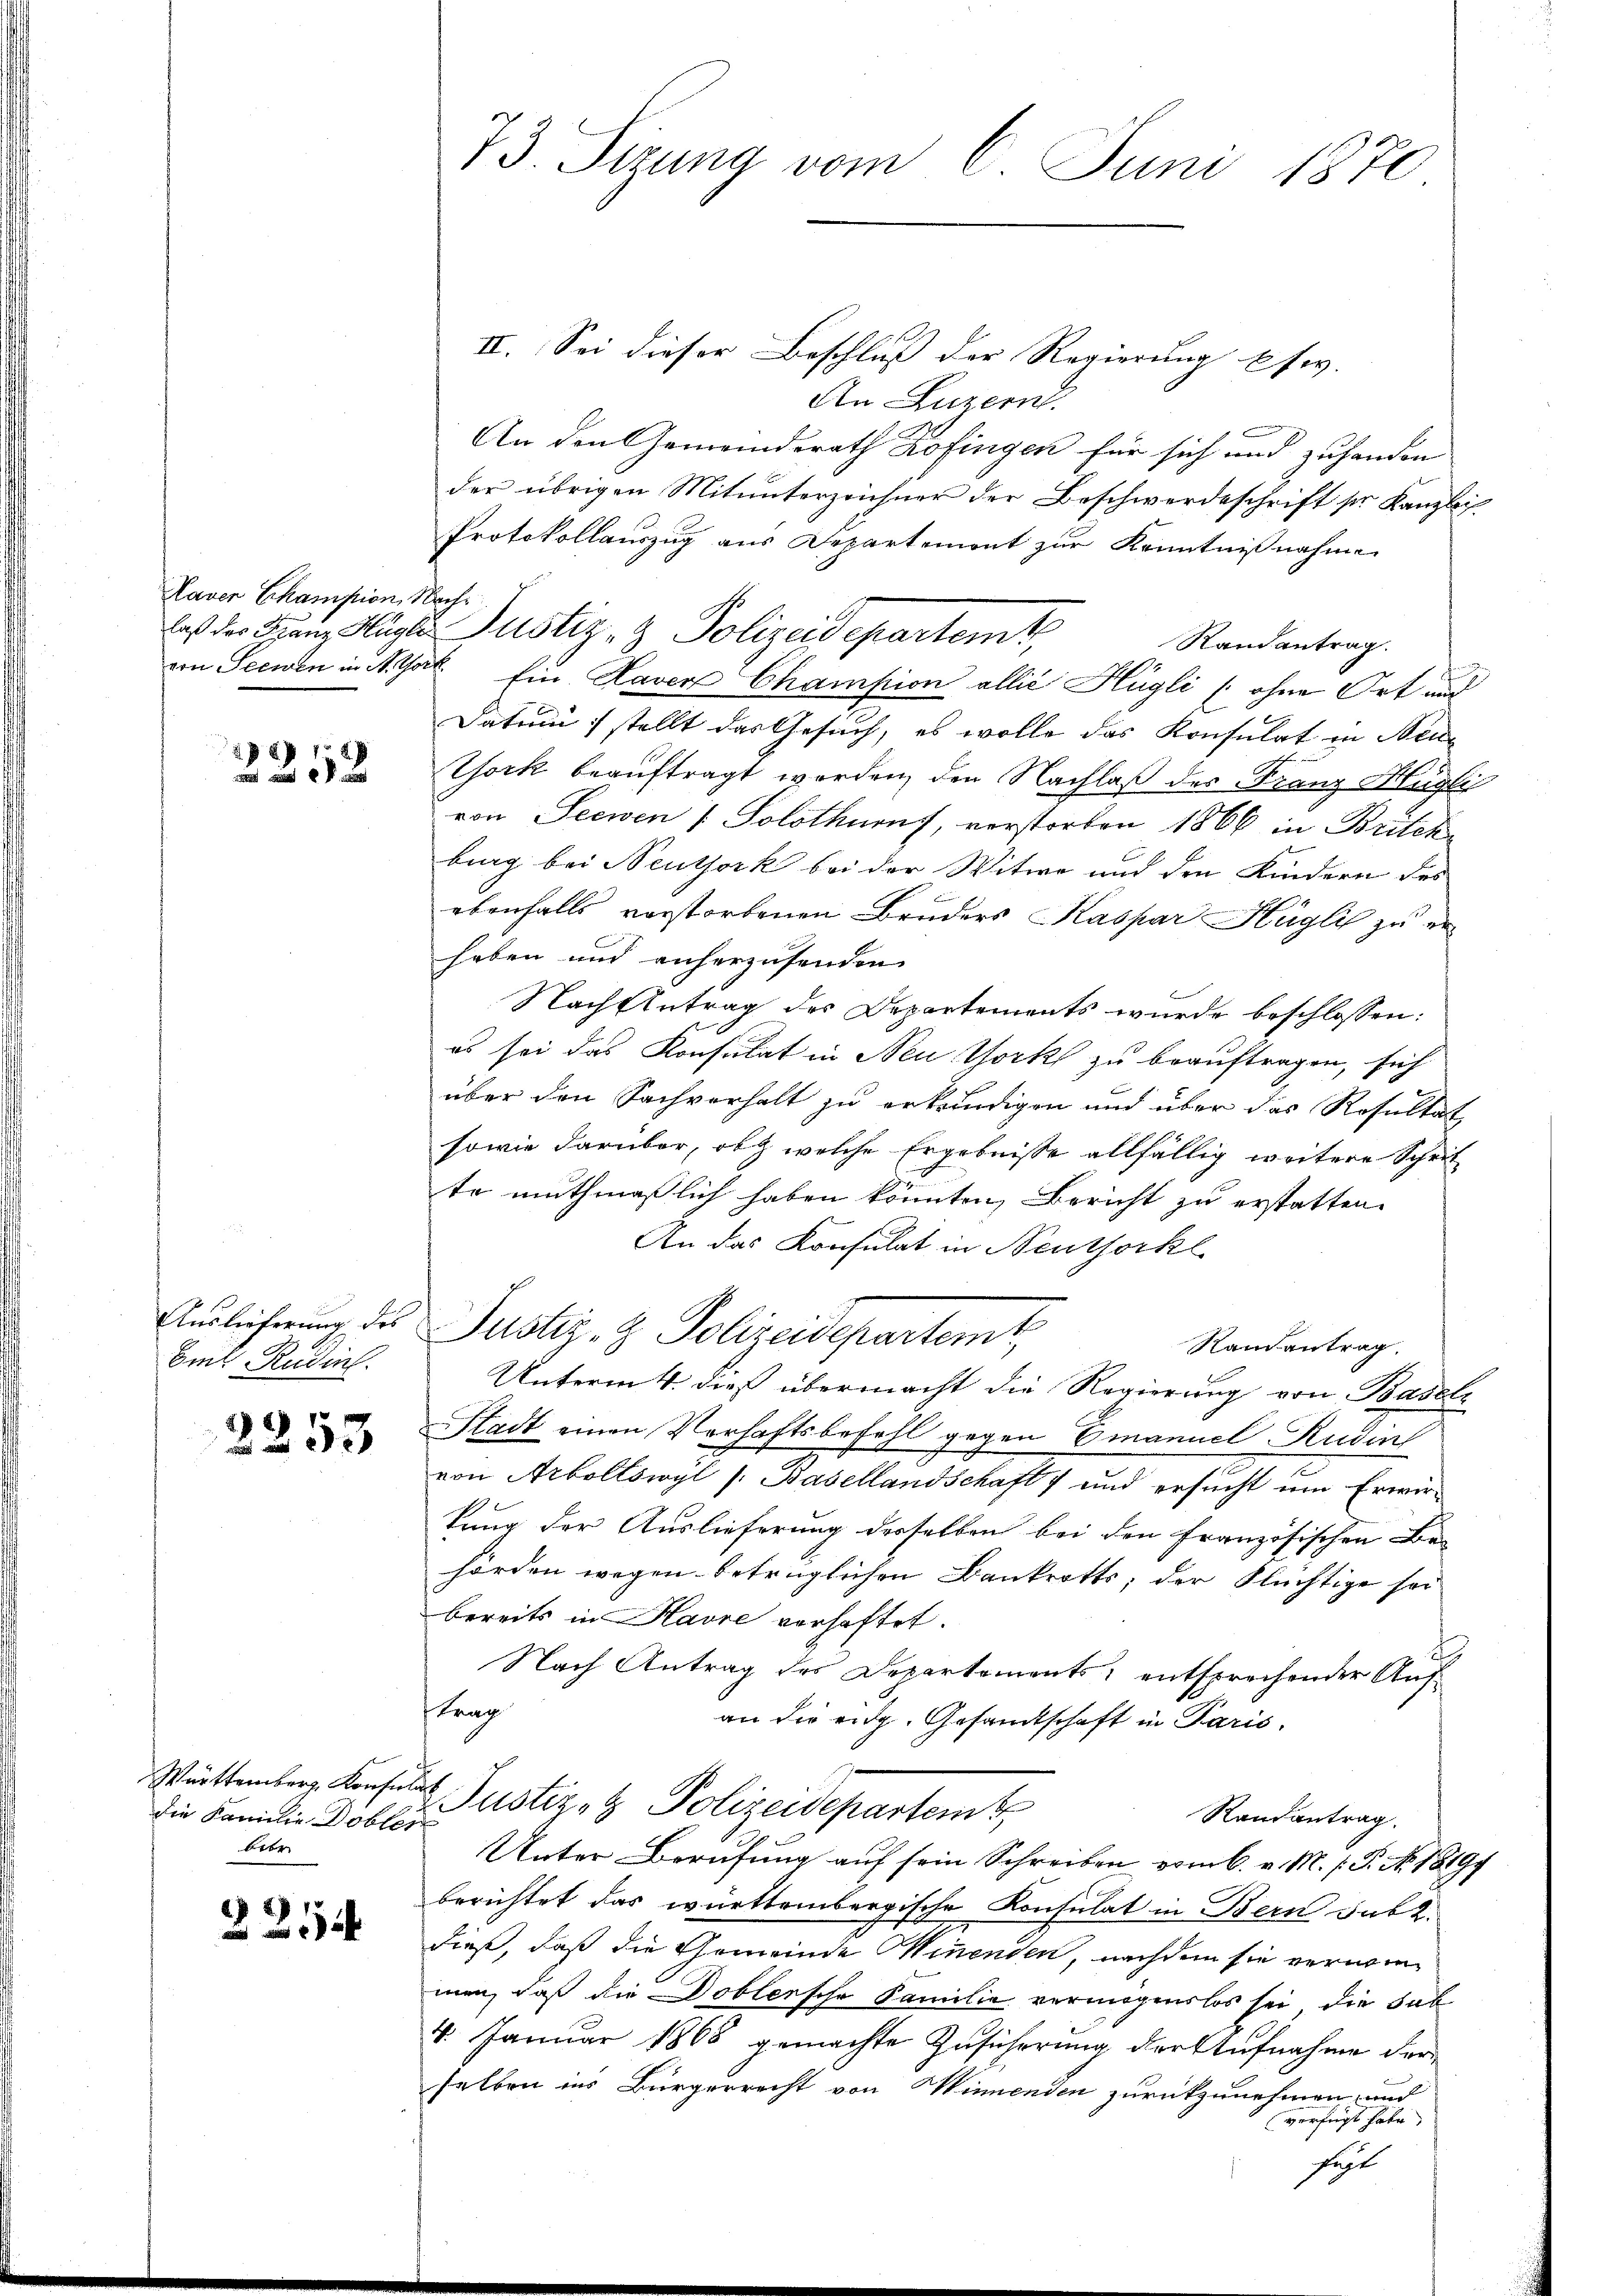
Kaven Champion, Nach¬

8
 52

bis Rudinl.

2253

die Familie Dobler
bibe

3211

73. Sizung vom 2. Juni 1870

II. Sei dieser Beschluß der Regierung Ese.
An Luzern.
An den Gemeinderath Kofingen für sich und zu handen
der übrigen Mitunterzeichner der Beschwerdeschrift ser Kanzlich¬
Protokollauszug aus Departemont zur Kenntnißnahme
Randantrag.
von Seewen in M. Torte. Ein Haver Champion allié Hügli (ohne Ort aus
Datum 1 stellt das Gesuch, es wolle das Konsulat in Steue
York beauftragt worden, den Nachlaß der Franz Hügli
von Seewen / Solothurn, vorstorben 1866 in Britch
burg bei Neuthork bei der Witwe und den Kindern des
ebenfalls vorstorbenen Bruders Kaspar Hügli zu erhaben und anherzusenden.
Nach Antrag des Departements wurde beschlossen:
es sei das Konsulat in Neu York zu beauftragen, sich
über den Sachverhalt zu erkundigen und über das Resultat
sowie darüber, ob welche Ergebnisse allfällig weitere Schrif
te muthmaßlich haben könnten, Bericht zu erstatten.
An das Konsulat in Neusserkl
Auslicherŭng des Justiz- & Polizeidepartemt,
Randantrag.
Unterm 4. dieß übermacht die Regierung von Basel
Stadt einen Verhaftsbefehl gegen Emanuel Rudin
von Arboltswyl /: Basellandschaft und ersucht um Erwirkung der Auslieferung derselben bei den Französischen Be-
hörden wegen betrüglichen Bankrotts; der Flüchtige sei
bereits in Havre vorhaftet.
f
Nach Antrag des Departements, entsprechender Auftrag
an die eidg. Gesandtschaft in Paris.
Württemberg Konsula Justiz- & Polizeidepartem
Randantrag.
Unter Berufung auf sein Schreiben vom 6. v. M. h. T. No. 18194
berichtet das württembergische Konsulat in Bern sub 2.
dieß, daß die Gemeinde Minenden, nachdem sie verwi
men, daß die Doblersche Familie vermögenslos sei, die Fab
4. Januar 1865 gemachte Zusicherung der Aufnahme der
selben ins Bürgerrecht von Minnenden zurückzunehmen, und
verfügt habe
sust

daß der Franz Hager Justiz- & Polizeidepartemt,